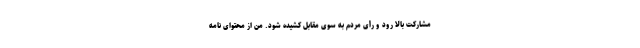
مشارکت بالا رود و رأی مردم به سوی مقابل کشیده شود. من از محتوای نامه